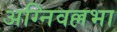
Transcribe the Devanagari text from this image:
अग्निवल्लभा